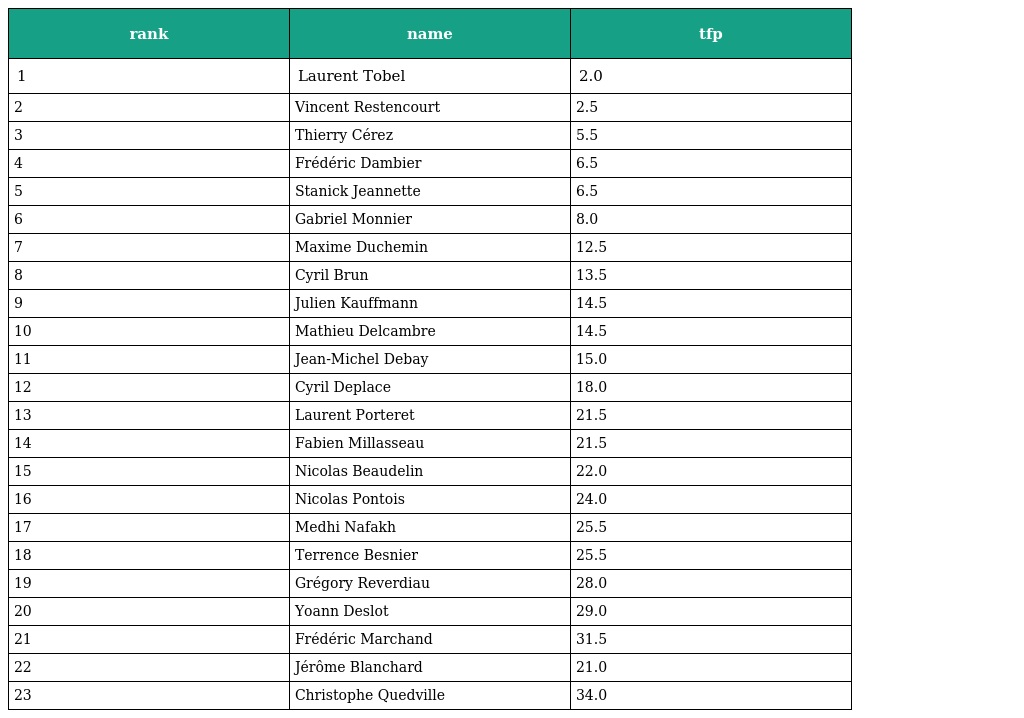
| rank | name | tfp |
 | --- | --- | --- |
 | 1 | Laurent Tobel | 2.0 |
 | 2 | Vincent Restencourt | 2.5 |
 | 3 | Thierry Cérez | 5.5 |
 | 4 | Frédéric Dambier | 6.5 |
 | 5 | Stanick Jeannette | 6.5 |
 | 6 | Gabriel Monnier | 8.0 |
 | 7 | Maxime Duchemin | 12.5 |
 | 8 | Cyril Brun | 13.5 |
 | 9 | Julien Kauffmann | 14.5 |
 | 10 | Mathieu Delcambre | 14.5 |
 | 11 | Jean-Michel Debay | 15.0 |
 | 12 | Cyril Deplace | 18.0 |
 | 13 | Laurent Porteret | 21.5 |
 | 14 | Fabien Millasseau | 21.5 |
 | 15 | Nicolas Beaudelin | 22.0 |
 | 16 | Nicolas Pontois | 24.0 |
 | 17 | Medhi Nafakh | 25.5 |
 | 18 | Terrence Besnier | 25.5 |
 | 19 | Grégory Reverdiau | 28.0 |
 | 20 | Yoann Deslot | 29.0 |
 | 21 | Frédéric Marchand | 31.5 |
 | 22 | Jérôme Blanchard | 21.0 |
 | 23 | Christophe Quedville | 34.0 |